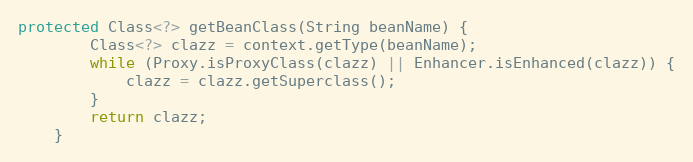
Language: Java
protected Class<?> getBeanClass(String beanName) {
        Class<?> clazz = context.getType(beanName);
        while (Proxy.isProxyClass(clazz) || Enhancer.isEnhanced(clazz)) {
            clazz = clazz.getSuperclass();
        }
        return clazz;
    }